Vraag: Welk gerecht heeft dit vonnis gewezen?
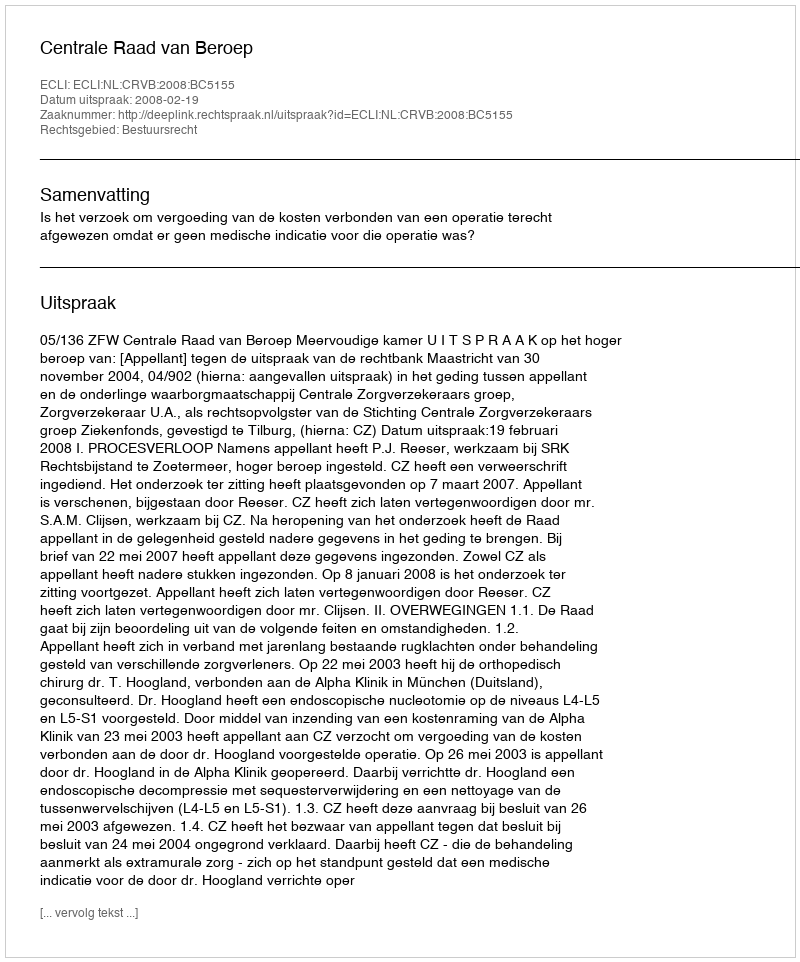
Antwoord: Centrale Raad van Beroep